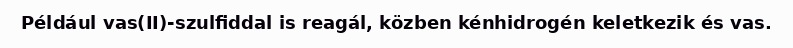
Például vas(II)-szulfiddal is reagál, közben kénhidrogén keletkezik és vas.